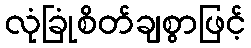
လုံခြုံစိတ်ချစွာဖြင့်